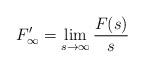
LaTeX: \begin{align*}{F'_{\infty} = \lim_{s \to \infty} \frac{F(s)}{s}}\end{align*}